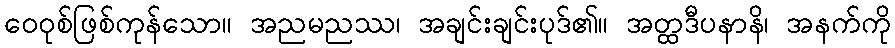
ဝေဝုစ်ဖြစ်ကုန်သော။ အညမညဿ၊ အချင်းချင်းပုဒ်၏။ အတ္ထဒီပနာနိ၊ အနက်ကို